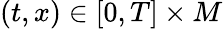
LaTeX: (t,x)\in[0,T]\times M